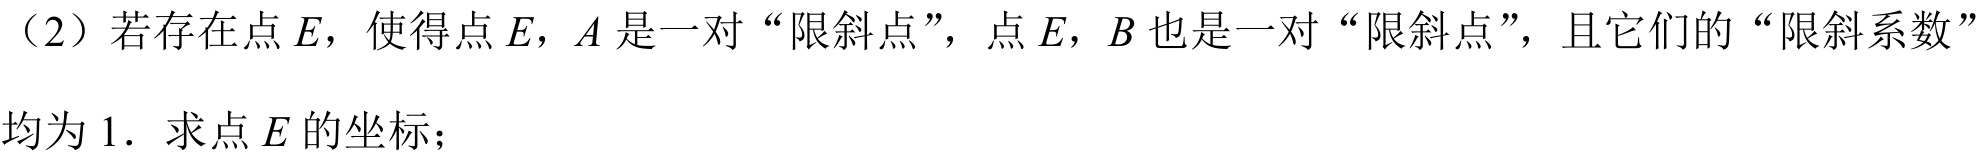
（2）若存在点$E$，使得点$E$，$A$是一对“限斜点”，点$E$，$B$也是一对“限斜点”，且它们的“限斜系数”
均为$1$．求点$E$的坐标；